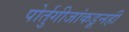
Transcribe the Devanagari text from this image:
पोर्तुगीजांकडूनही